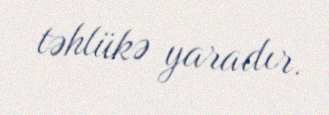
təhlükə yaradır.